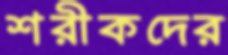
শরীকদের